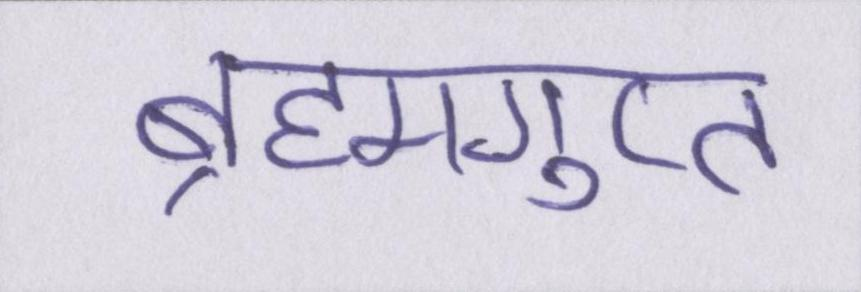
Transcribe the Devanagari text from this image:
ब्रह्मगुप्त